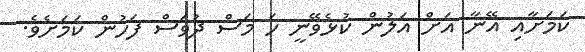
ކަމަށާއި އޭނާ އަށް އަލުން ކުޅެވޭނީ ހަ މަސް ދުވަސް ފަހުން ކަމަށެވެ.